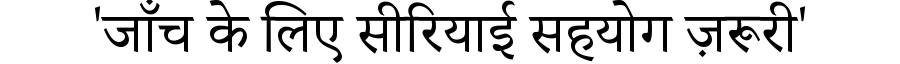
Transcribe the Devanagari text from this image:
'जाँच के लिए सीरियाई सहयोग ज़रूरी'